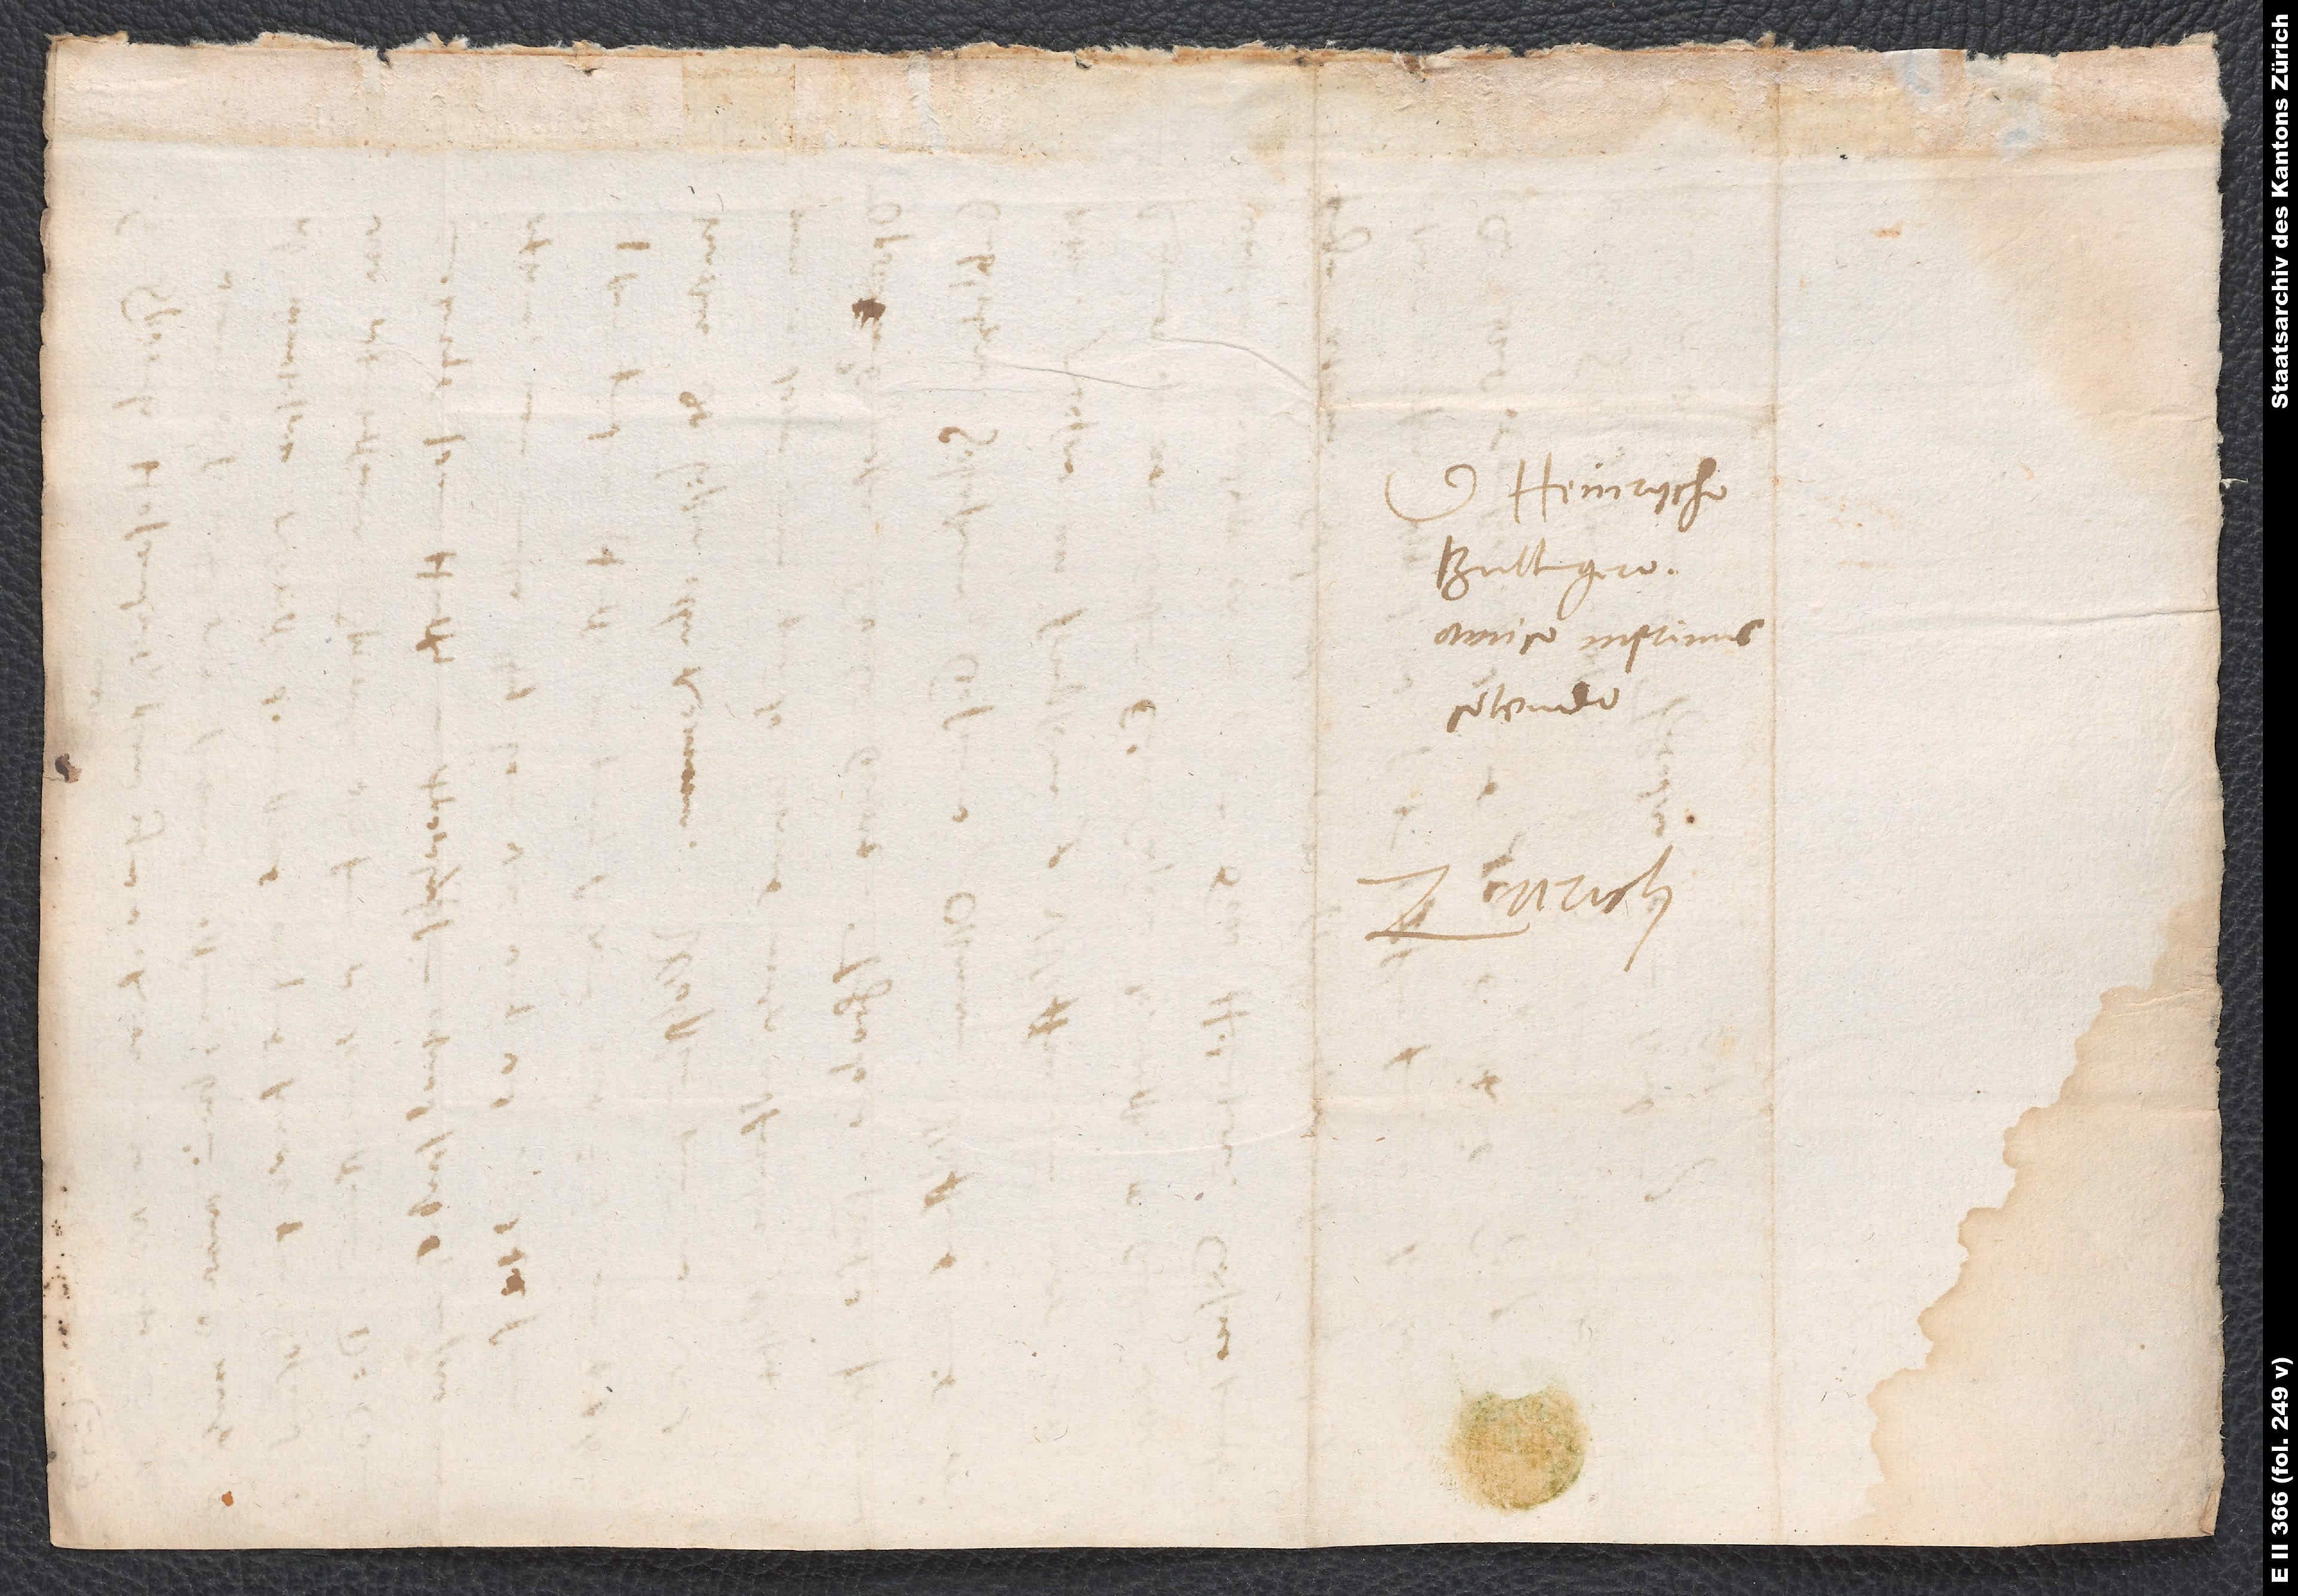
S.

et

D. Heinrycho
Bullingero,
amico inprimis
colendo.
Zurich.